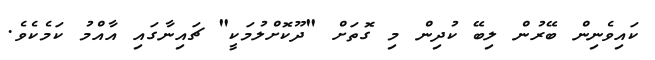
ކައިވެނިން ބޭރުން ލިބޭ ކުދިން މި ގޮތަށް "ދޫކޮށްލުމަކީ" ޗައިނާގައި އާއްމު ކަމެކެވެ.